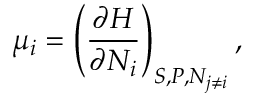
\mu _ { i } = \left( { \frac { \partial H } { \partial N _ { i } } } \right) _ { S , P , N _ { j \neq i } } ,